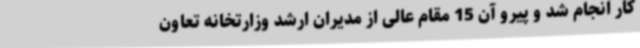
کار انجام شد و پیرو آن 15 مقام عالی از مدیران ارشد وزارتخانه تعاون